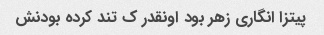
پیتزا انگاری زهر بود اونقدر ک تند کرده بودنش